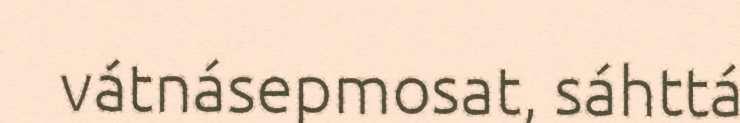
vátnásepmosat, sáhttá